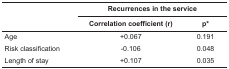
<table><thead><tr><td rowspan="2"></td><td colspan="2"><b>Recurrences in the service</b></td></tr><tr><td><b>Correlation coefficient (r)</b></td><td><b>p*</b></td></tr></thead><tbody><tr><td> Age</td><td> +0.067</td><td> 0.191</td></tr><tr><td> Risk classification</td><td> -0.106</td><td> 0.048</td></tr><tr><td> Length of stay</td><td> +0.107</td><td> 0.035</td></tr></tbody></table>